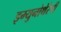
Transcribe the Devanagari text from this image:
इम्युनोथेरेपी